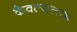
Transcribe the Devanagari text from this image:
कैवल्यलाभ